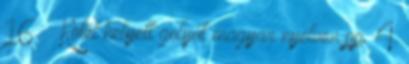
16. ↑ Kötél helyett golyót magyar nyelven pp. 4.